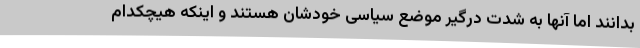
بدانند اما آنها به شدت درگیر موضع سیاسی خودشان هستند و اینکه هیچکدام